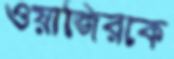
ওয়াজিরকে